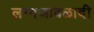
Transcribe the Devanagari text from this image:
लग्नजावळादी